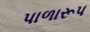
પાળારૂપ